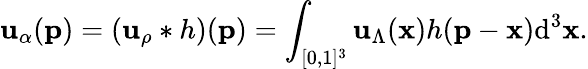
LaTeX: \mathbf{u}_{\alpha}(\textbf{{p}})=(\mathbf{u}_{\rho}*h)(\textbf{{p}})=\int_{[0,1]^{3}}\mathbf{u}_{\Lambda}(\textbf{{x}})h(\textbf{{p}}-\textbf{{x}})\mathrm{{d}}^{3}\textbf{{x}}.